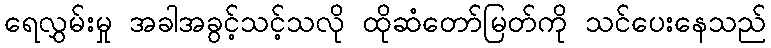
ရေလွှမ်းမှု အခါအခွင့်သင့်သလို ထိုဆံတော်မြတ်ကို သင်ပေးနေသည်